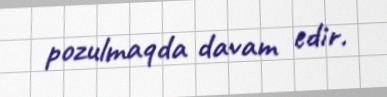
pozulmaqda davam edir.